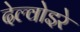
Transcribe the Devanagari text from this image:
देल्वोइरे